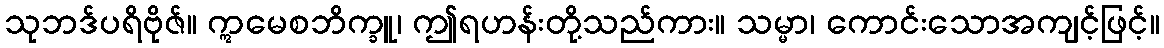
သုဘဒ်ပရိဗိုဇ်။ ဣမေစဘိက္ခူ၊ ဤရဟန်းတို့သည်ကား။ သမ္မာ၊ ကောင်းသောအကျင့်ဖြင့်။